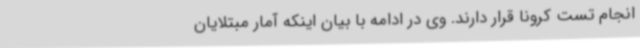
انجام تست کرونا قرار دارند. وی در ادامه با بیان اینکه آمار مبتلایان